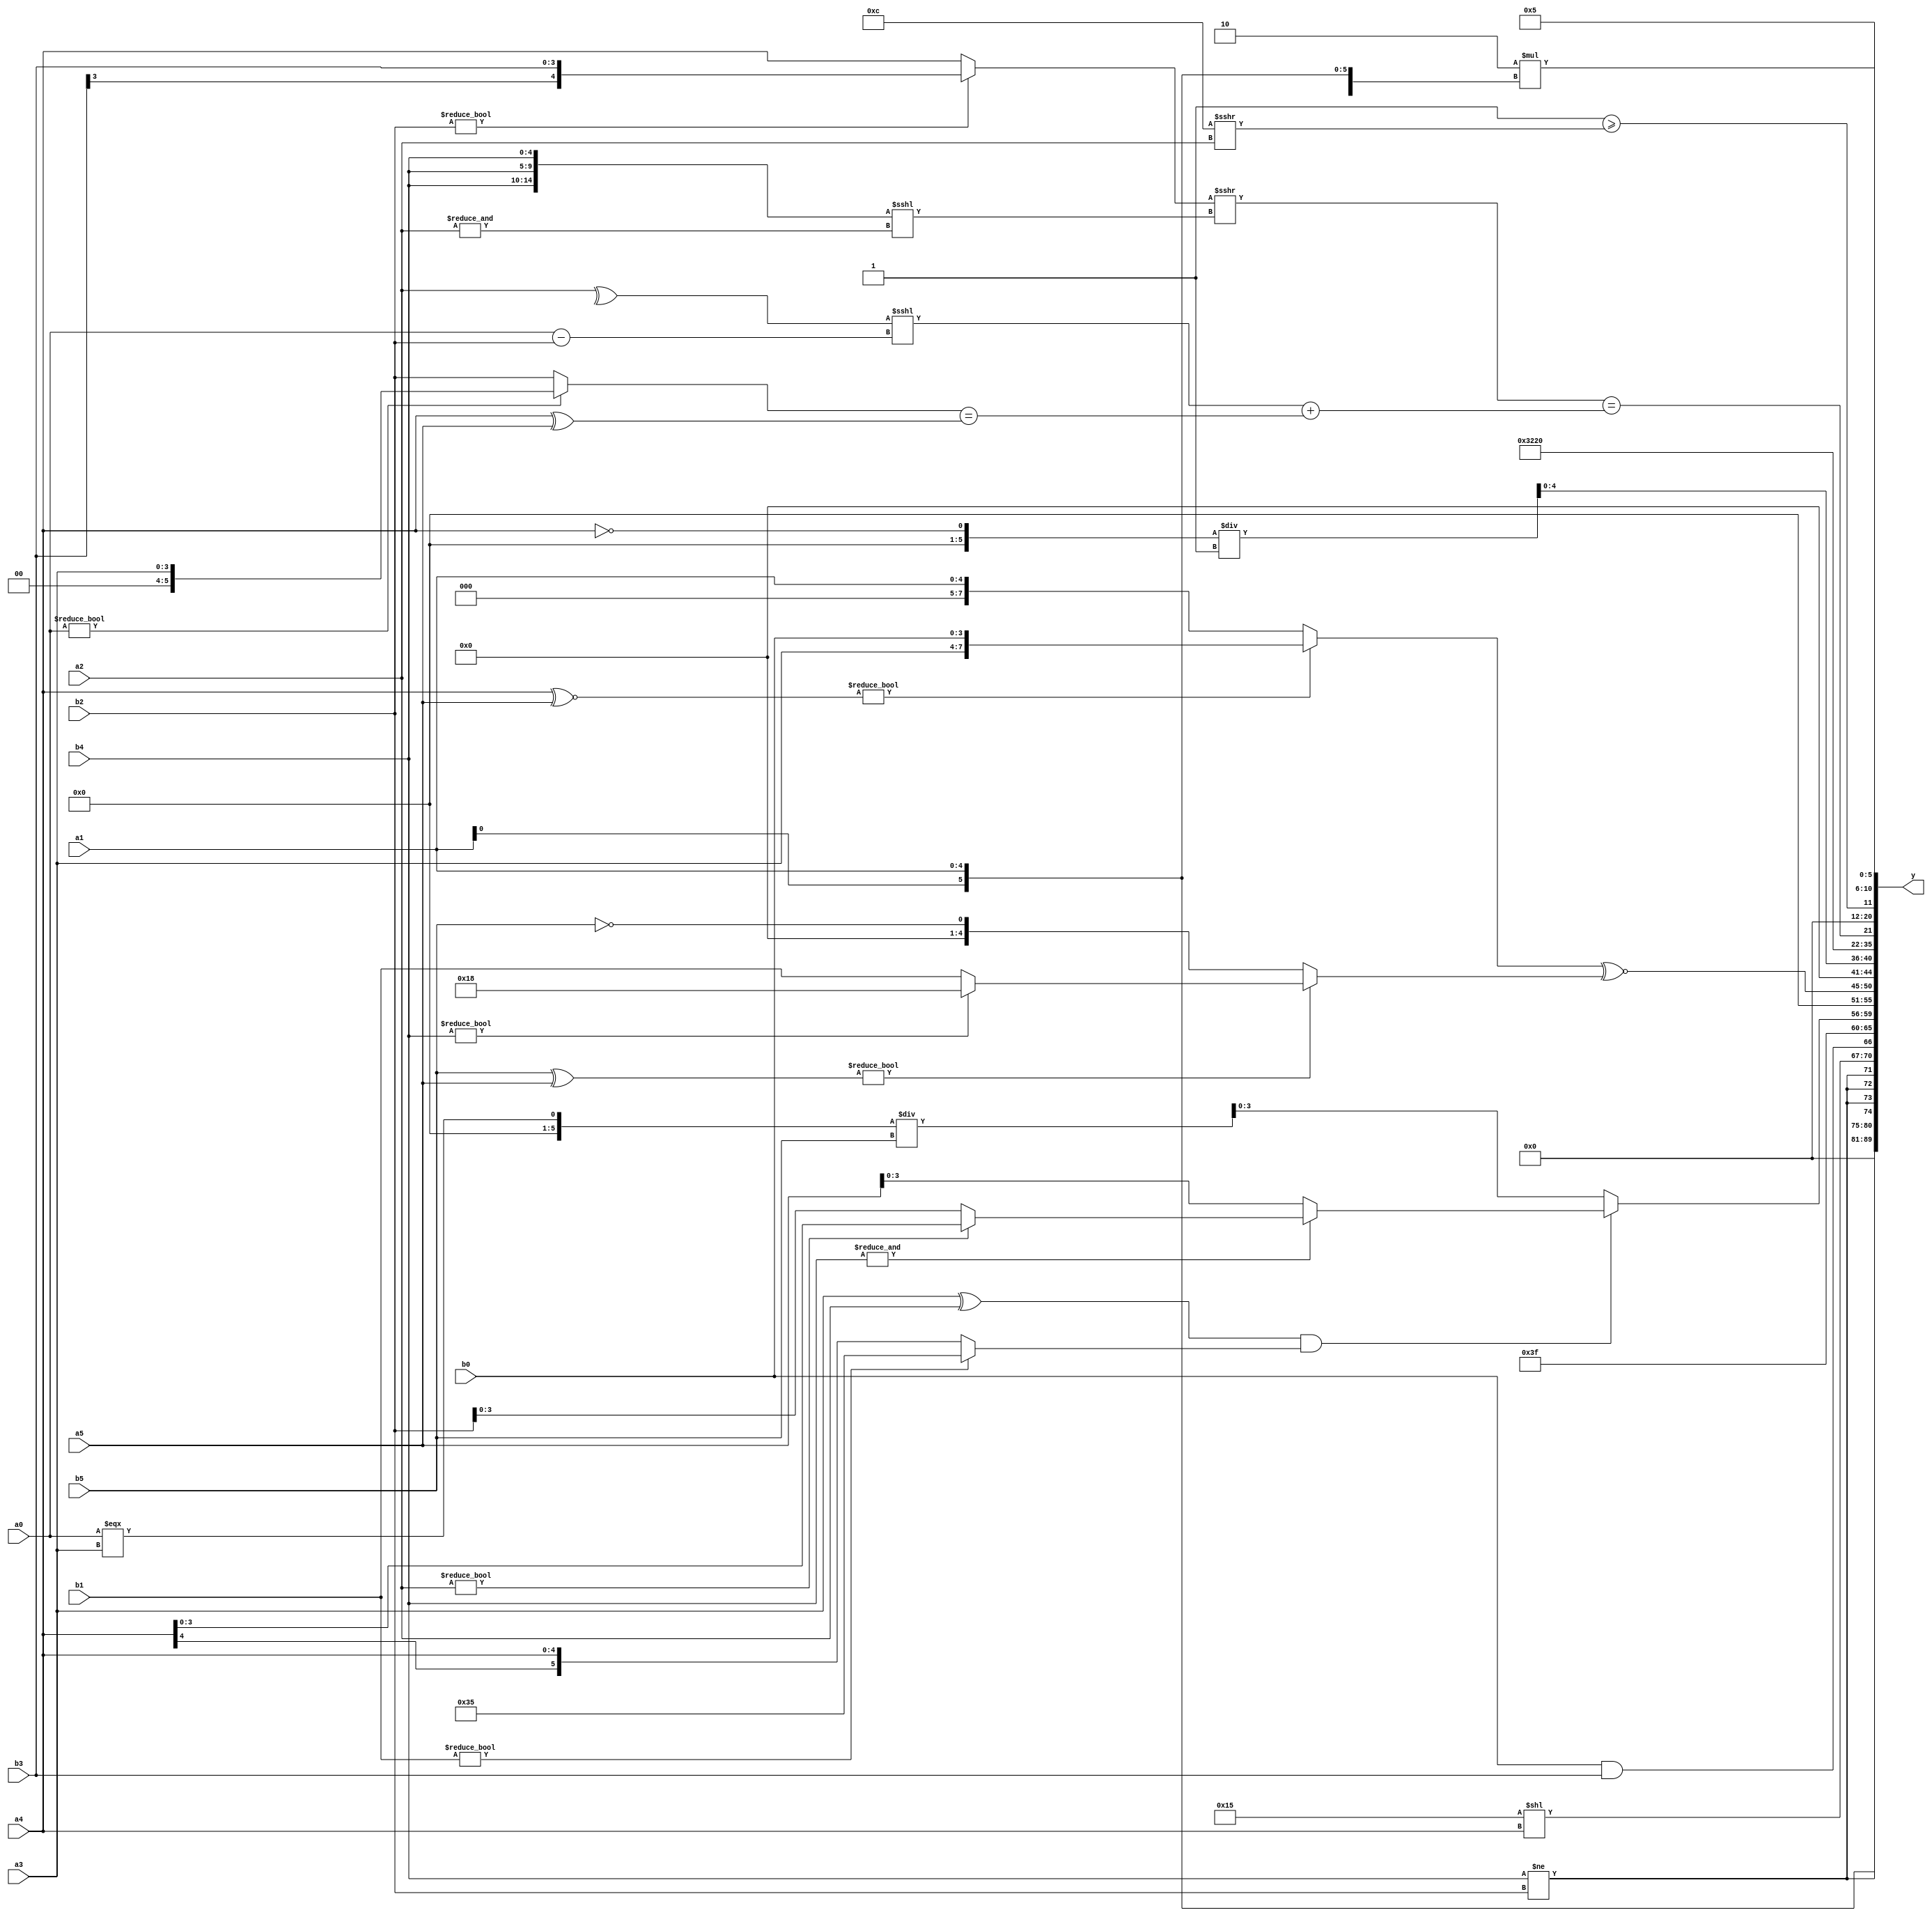
module expression_00564(a0, a1, a2, a3, a4, a5, b0, b1, b2, b3, b4, b5, y);
  input [3:0] a0;
  input [4:0] a1;
  input [5:0] a2;
  input signed [3:0] a3;
  input signed [4:0] a4;
  input signed [5:0] a5;

  input [3:0] b0;
  input [4:0] b1;
  input [5:0] b2;
  input signed [3:0] b3;
  input signed [4:0] b4;
  input signed [5:0] b5;

  wire [3:0] y0;
  wire [4:0] y1;
  wire [5:0] y2;
  wire signed [3:0] y3;
  wire signed [4:0] y4;
  wire signed [5:0] y5;
  wire [3:0] y6;
  wire [4:0] y7;
  wire [5:0] y8;
  wire signed [3:0] y9;
  wire signed [4:0] y10;
  wire signed [5:0] y11;
  wire [3:0] y12;
  wire [4:0] y13;
  wire [5:0] y14;
  wire signed [3:0] y15;
  wire signed [4:0] y16;
  wire signed [5:0] y17;

  output [89:0] y;
  assign y = {y0,y1,y2,y3,y4,y5,y6,y7,y8,y9,y10,y11,y12,y13,y14,y15,y16,y17};

  localparam [3:0] p0 = (5'd28);
  localparam [4:0] p1 = (-(((5'd19)>>>(3'd6))^(~((-4'sd1)*(3'd1)))));
  localparam [5:0] p2 = ((((2'd0)!==(3'd1))>>((2'sd0)+(5'sd4)))|(-4'sd0));
  localparam signed [3:0] p3 = {{(6'd2 * (5'd0)),((-4'sd7)>(3'sd0)),{(5'd22)}}};
  localparam signed [4:0] p4 = (((|(3'd3))|((2'd2)?(5'd15):(3'd3)))?(((2'd2)|(4'd13))?(2'd3):((2'd1)!=(-4'sd1))):(~^((3'd1)?(5'sd2):(4'sd4))));
  localparam signed [5:0] p5 = ((5'd25)!=(3'd0));
  localparam [3:0] p6 = (4'sd4);
  localparam [4:0] p7 = ((((5'd8)!==(-3'sd3))<(&(5'd5)))>=(|((~|(3'd7))<<(5'd9))));
  localparam [5:0] p8 = (2'd1);
  localparam signed [3:0] p9 = {1{({1{{((4'd4)>>(5'd4))}}}<<(-4'sd1))}};
  localparam signed [4:0] p10 = (({2{(3'd0)}}?{3{(5'sd13)}}:{3{(2'sd0)}})?{3{(5'd2 * (4'd8))}}:({1{(5'd20)}}-((5'd28)|(5'sd0))));
  localparam signed [5:0] p11 = ((3'sd2)?(4'd1):(3'sd0));
  localparam [3:0] p12 = (((5'd15)?(5'd21):(5'd18))?((-5'sd13)?(3'sd3):(2'd1)):((5'd17)?(5'd29):(3'd0)));
  localparam [4:0] p13 = ((&((|((2'd3)<=(4'd0)))==((4'd6)*(2'd2))))&((^(&(-4'sd7)))==((3'sd1)&(4'd8))));
  localparam [5:0] p14 = (-4'sd1);
  localparam signed [3:0] p15 = {(((3'd1)&&(4'd9))?((5'd17)!==(4'd13)):((-2'sd0)>>(-2'sd0)))};
  localparam signed [4:0] p16 = (5'sd6);
  localparam signed [5:0] p17 = {{(5'sd7),(4'd5)}};

  assign y0 = (((~|p0)<<<(!p10))?(^{(p0==p16),(+p0)}):((4'd2 * p8)?(-p13):{p3}));
  assign y1 = ((3'd2)>{2{(5'd29)}});
  assign y2 = {4{a1}};
  assign y3 = $signed((b4!=b2));
  assign y4 = {{p4,p14},(p17<<a4),(b0&&b3)};
  assign y5 = ($signed((~^(~(p2|p0)))));
  assign y6 = ((|(~^((a3^a2)&&(b1?p17:a4))))?((a0===a3)/b5):((&b4)?(a2?a4:b2):(a5>>>p9)));
  assign y7 = $unsigned((((b1||p0)==(p8?a1:p10))>>$signed($unsigned({p7}))));
  assign y8 = (((a4^~a5)?{a3,b0}:(+a1))^~((b5^a5)?(b4?p10:b1):(!b5)));
  assign y9 = $signed((+$signed(((^(~(4'd10)))))));
  assign y10 = ((p1==a4)/p8);
  assign y11 = (~{2{(p0^p11)}});
  assign y12 = ((p5<<<p10)?(2'd3):(2'd2));
  assign y13 = ({1{((b2?b3:a4)>>>({3{b4}}<<<(&a2)))}}==(((^a2)<<<(a0-b2))+((a0?a3:b2)==(a4^a5))));
  assign y14 = (2'sd0);
  assign y15 = ($unsigned(p8)>=(p0>>>a2));
  assign y16 = (((a2===a2)<<<(p8?p5:p3))^((2'd2)?(3'd7):(p7?a4:p13)));
  assign y17 = (5'd2 * (+{2{a1}}));
endmodule